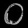
Digit: ၀